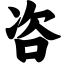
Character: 咨